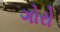
ગોરો